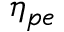
\eta _ { p e }